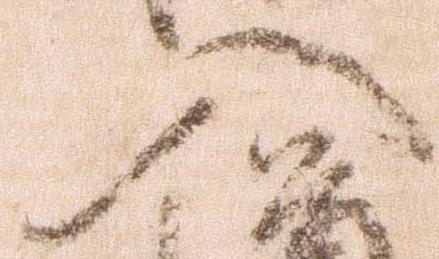
入